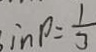
i n \rho = \frac { 1 } { 3 }